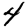
Digit: 4